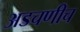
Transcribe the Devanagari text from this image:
अडचणीच